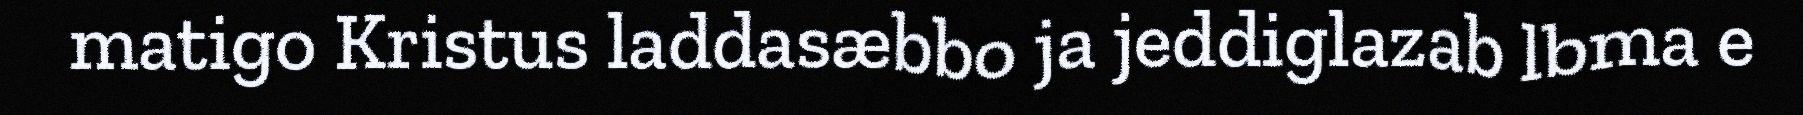
matigo Kristus laddasæbbo ja jeddiglazab lbma e